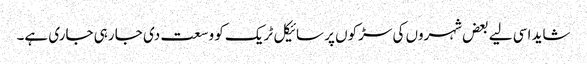
شاید اسی لیے بعض شہروں کی سڑکوں پر سائیکل ٹریک کو وسعت دی جا رہی جاری ہے۔